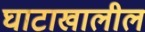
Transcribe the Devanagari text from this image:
घाटाखालील